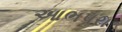
આભપરા